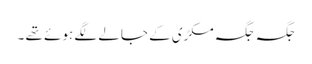
جگہ جگہ مکڑی کے جالے لگے ہوئے تھے ۔